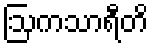
ဩကသာရီတိ